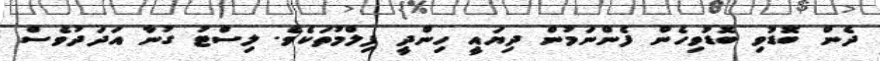
ދެން ބޮޑުވި ބޮޑުވިހެން ފެންނަމުން ދިޔައީ ހިންދީ ފިލްމުތަކެވެ. ލިސްޓު ގުނާ އަދަދުވެސް